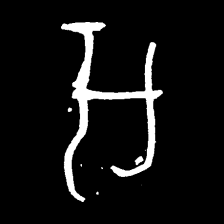
Pyu character \u2014 Myanmar letter: အ (romanized: a)